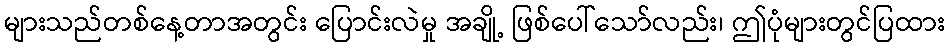
များသည်တစ်နေ့တာအတွင်း ပြောင်းလဲမှု အချို့ ဖြစ်ပေါ်သော်လည်း၊ ဤပုံများတွင်ပြထား